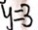
y = 3